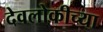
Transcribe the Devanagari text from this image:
देवलोकीच्या